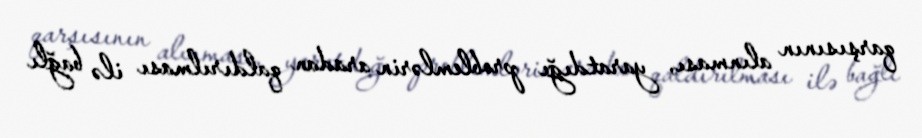
qarşısının alınması, yaratdığı problemlərin aradan qaldırılması ilə bağlı